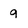
Character: 9